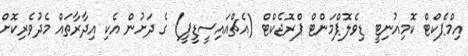
އިމްޕެކްޓް ކޮމިއުނިޓީ ޑިވެލޮޕްމަންޓް ޕްރޮޖެކްޓް (އެޗްއައިސީޑީޕީ) ގެ ދަށުން އެކި އިދާރާތައް މެދުވެރިކޮށް